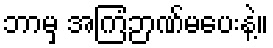
ဘာမှ အကြံဉာဏ်မပေးနဲ့။